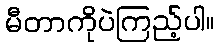
မီတာကိုပဲကြည့်ပါ။